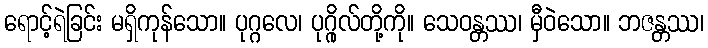
ရောင့်ရဲခြင်း မရှိကုန်သော။ ပုဂ္ဂလေ၊ ပုဂ္ဂိုလ်တို့ကို။ သေဝန္တဿ၊ မှီဝဲသော။ ဘဇန္တဿ၊